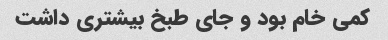
کمی خام بود و جای طبخ بیشتری داشت